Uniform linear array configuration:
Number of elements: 12
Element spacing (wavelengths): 0.25
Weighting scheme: kaiser
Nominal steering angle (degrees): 45
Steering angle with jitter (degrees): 43.145
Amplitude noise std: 0.05
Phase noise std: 0.05

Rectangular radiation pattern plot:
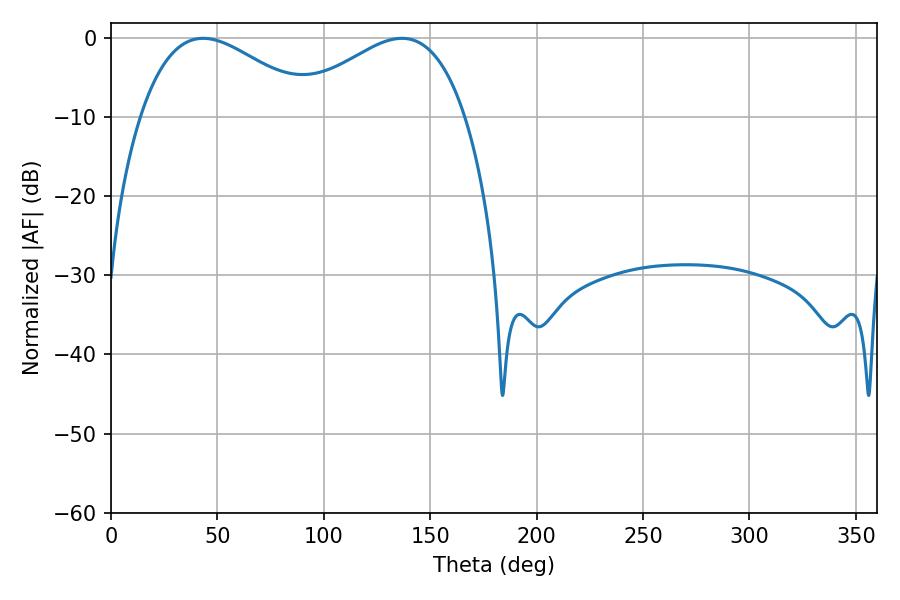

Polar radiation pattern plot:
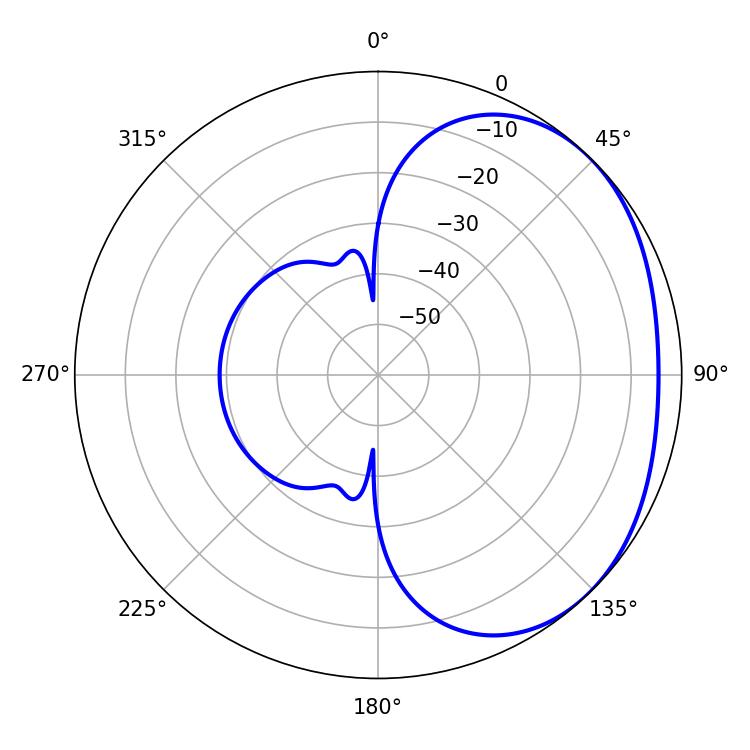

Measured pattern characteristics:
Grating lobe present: FALSE
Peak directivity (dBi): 2.222
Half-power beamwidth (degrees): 44.64
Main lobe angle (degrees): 43.38